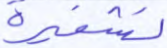
تشفيرة